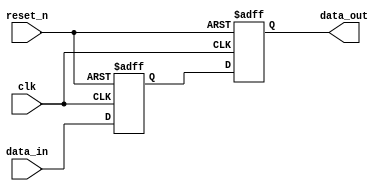
module reset_condition_example (
    input wire clk,           // Clock signal
    input wire reset_n,      // Active-low reset signal (use reset for active-high)
    input wire [7:0] data_in, // Example input signal
    output reg [7:0] data_out // Example output signal
);

    // Internal state variable
    reg [7:0] internal_state;

    // Synchronous reset logic
    always @(posedge clk or negedge reset_n) begin
        if (!reset_n) begin
            // Reset condition: initialize internal state
            internal_state <= 8'b0; // Set to zero or predefined state
            data_out <= 8'b0;        // Set output to zero
        end else begin
            // Normal operation: update internal state based on input
            internal_state <= data_in; // Example operation
            data_out <= internal_state; // Update output with internal state
        end
    end

endmodule